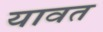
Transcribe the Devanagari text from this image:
यावत